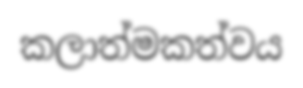
කලාත්මකත්වය